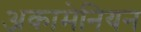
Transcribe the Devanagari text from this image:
अकामेनियन